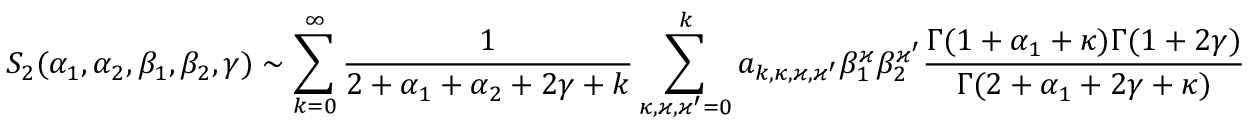
S _ { 2 } ( \alpha _ { 1 } , \alpha _ { 2 } , \beta _ { 1 } , \beta _ { 2 } , \gamma ) \sim \sum _ { k = 0 } ^ { \infty } \frac { 1 } { 2 + \alpha _ { 1 } + \alpha _ { 2 } + 2 \gamma + k } \sum _ { \kappa , \varkappa , \varkappa ^ { \prime } = 0 } ^ { k } a _ { k , \kappa , \varkappa , \varkappa ^ { \prime } } \beta _ { 1 } ^ { \varkappa } \beta _ { 2 } ^ { \varkappa ^ { \prime } } \frac { \Gamma ( 1 + \alpha _ { 1 } + \kappa ) \Gamma ( 1 + 2 \gamma ) } { \Gamma ( 2 + \alpha _ { 1 } + 2 \gamma + \kappa ) }